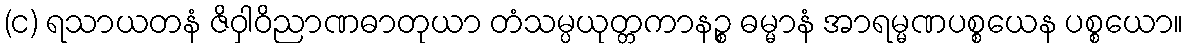
(င) ရသာယတနံ ဇိဝှါဝိညာဏဓာတုယာ တံသမ္ပယုတ္တကာနဉ္စ ဓမ္မာနံ အာရမ္မဏပစ္စယေန ပစ္စယော။